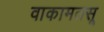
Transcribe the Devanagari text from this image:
वाकामतसू